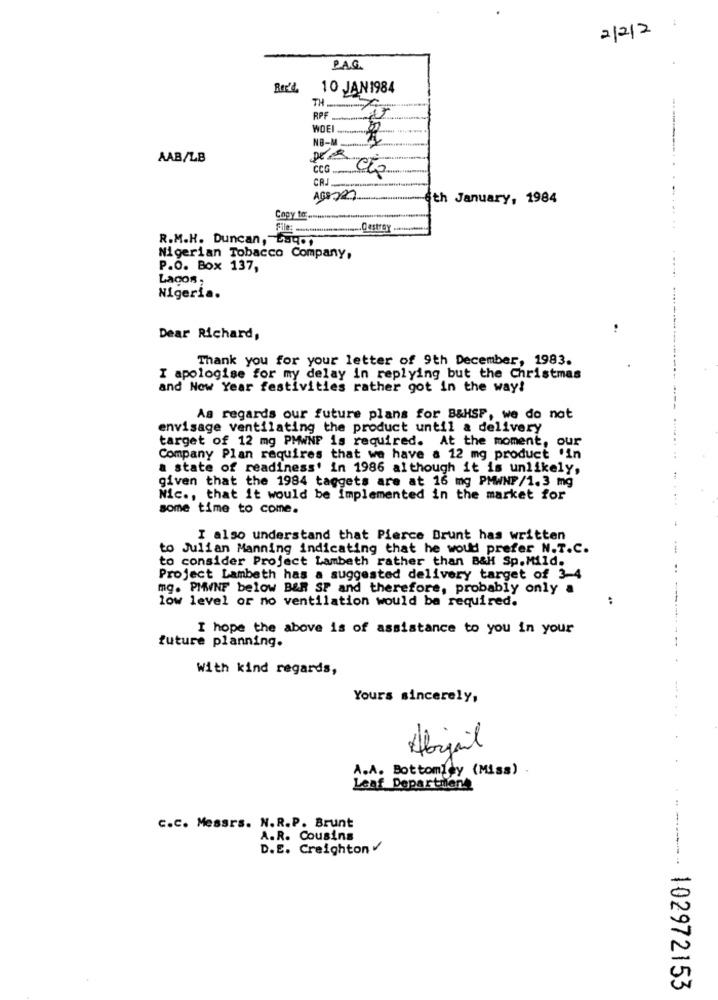
2/2/2
P.A.G.
ROK'L 10 JAN1984
TH ...............
RPF
---.
NB-M
AAB/LB
CCG
CRJ
8th January, 1984
Copy 18 ......
Destroy
R.M.H. Duncan, E.g. ,
Nigerian Tobacco Company,
P.O. Box 137,
Lagos,
Nigeria.
Dear Richard,
Thank you for your letter of 9th December, 1983.
I apologise for my delay in replying but the Christmas
and Now Year festivities rather got in the way!
As regards our future plans for B&HSP, we do not
envisage ventilating the product until & delivery
target of 12 mg PMWNF is required. At the moment,
our
Company Plan requires that we have a 12 mg product 'in
a state of readiness' in 1986 although it is unlikely,
given that the 1984 taggets are at 16 mg PMWNF/1.3 mg
Nic ., that it would be implemented in the market for
some time to come.
I also understand that Pierce Brunt has written
to Julian Manning indicating that he would prefer N.T.C.
to consider Project Lambeth rather than B&H Sp.Mild.
Project Lambeth has a suggested delivery target of 3-4
mg. PMWNF below BER SP and therefore, probably only a
low level or no ventilation would be required.
..
I hope the above is of assistance to you in your
future planning.
With kind regards,
Yours sincerely,
Abigail
A.A. Bottom gy (Miss)
Leaf Departilent
C.C. Messrs. N.R.P. Brunt
A.R. Cousins
D.E. Creighton
102972153